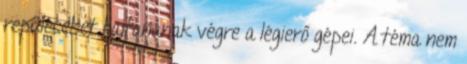
repüléseket hajtanának végre a légierő gépei. A téma nem